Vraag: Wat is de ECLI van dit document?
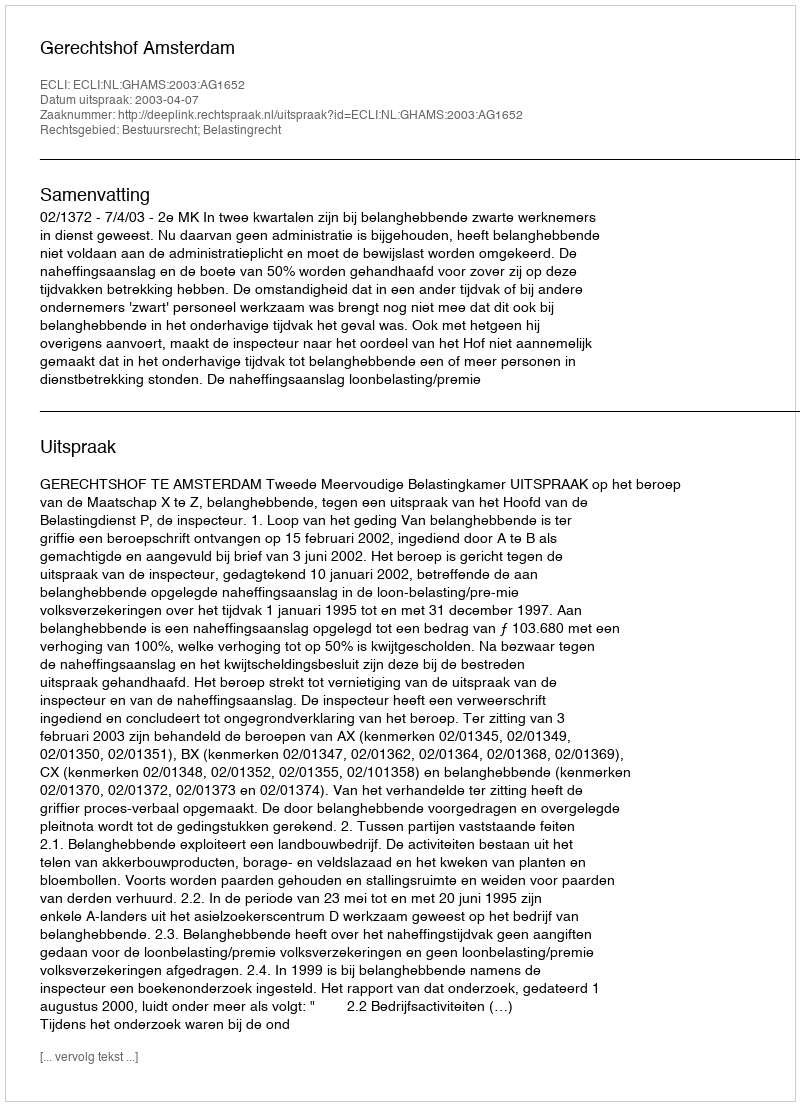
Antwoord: ECLI:NL:GHAMS:2003:AG1652